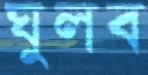
ঘুলব